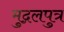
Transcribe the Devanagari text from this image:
मुद्गलपुत्र